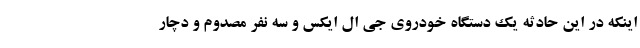
اینکه در این حادثه یک دستگاه خودروی جی ال ایکس و سه نفر مصدوم و دچار